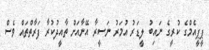
ޕީޕީއެމްގެ ކުރީގެ ނައިބު ލީޑަރު އުމަރު ނަސީރާ އޭނާއަށް ތާއީދުކުރާ ފަރާތްތައް ވެސް